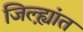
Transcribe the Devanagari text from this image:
जिल्ह्य़ांत